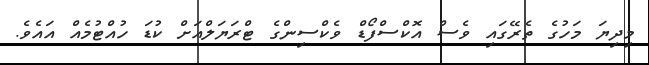
މިދިޔަ މަހުގެ ތެރޭގައި ވެސް އޮކްސްފޯޑް ވެކްސިންގެ ޓްރަޔަލްއަށް ކުޑަ ހުއްޓުމެއް އައެވެ.